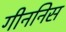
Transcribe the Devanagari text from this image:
गीननिस